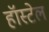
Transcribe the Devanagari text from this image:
हॉस्टेल